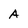
Character: A